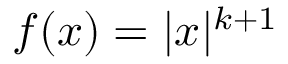
f ( x ) = | x | ^ { k + 1 }